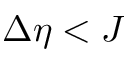
\Delta \eta < J